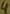
Text: 4